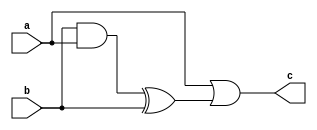

`timescale 1ns/1ns

module num_8(input a, input b, output c);

assign c = a | b & a ^ b;

endmodule